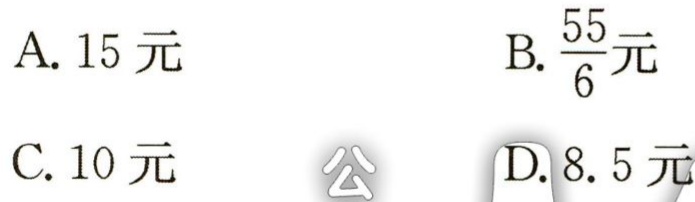
A. 15元

B.$\frac{55}{6}$元

C. 10元

D. 8.5元